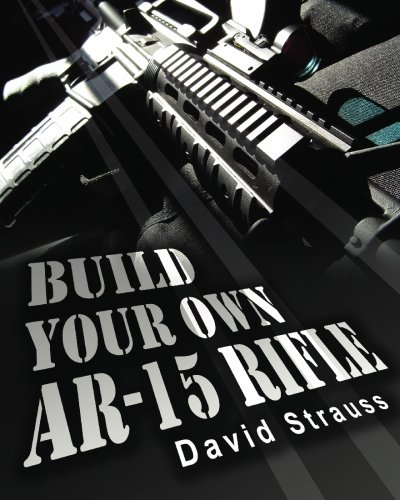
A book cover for Build Your Own AR-15 Rifle: In Less Than 3 Hours You Too, Can Build Your Own Fully Customized AR-15 Rifle From Scratch...Even If You Have Never Touched A Gun In Your Life!; David Strauss; History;